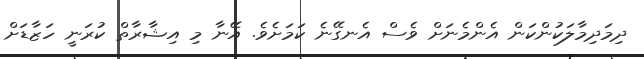
ދިމަދިމާލަކުންކަން އެންމެނަށް ވެސް އެނގޭނެ ކަމަށެވެ. އޭނާ މި އިޝާރާތް ކުރަނީ ހަޒާޑަށް